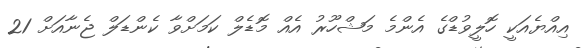
އިއްޔެއަކީ ހޮލީވުޑްގެ އެންމެ މަޝްހޫރު އެއް މޮޑެލް ކަމަށްވާ ކެންޑަލް ޖެނާއަށް 21